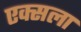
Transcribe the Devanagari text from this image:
एक्सला